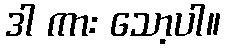
ဒါ ကား သော့ပါ။